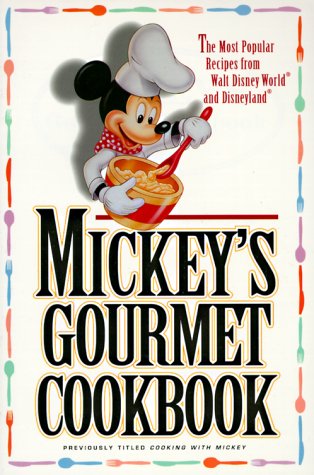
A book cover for Mickey's Gourmet Cookbook: Most Popular Recipes From Walt Disney World & Disneyland; Disney Book Group; Cookbooks, Food & Wine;